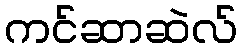
ကင်ဆာဆဲလ်